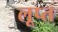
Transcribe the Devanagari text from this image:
लूप्त